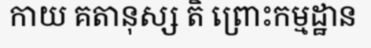
កាយ គតានុស្ស តិ ព្រោះកម្មដ្ឋាន